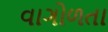
વાગોળતા